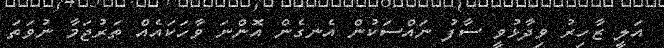
އަލީ ޒާހިރު ވިދާޅުވީ ސާފު ނައްސަކުން އެނގެން އޮންނަ ވާހަކައެއް ތަރުޖަމާ ނުވަތަ